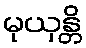
မုယှန္တိ